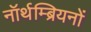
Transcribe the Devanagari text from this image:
नॉर्थम्ब्रियनों